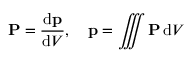
\mathbf { P } = { \frac { \mathrm { d } \mathbf { p } } { \mathrm { d } V } } , \quad \mathbf { p } = \iiint \mathbf { P } \, \mathrm { d } V